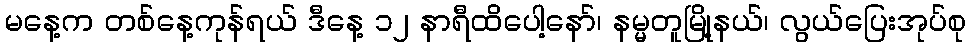
မနေ့က တစ်နေ့ကုန်ရယ် ဒီနေ့ ၁၂ နာရီထိပေါ့နော်၊ နမ္မတူမြို့နယ်၊ လွယ်ပြေးအုပ်စု